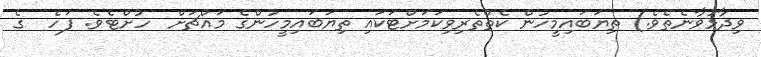
ވިދާޅުވާނެތެވެ.) ތިޔަބައިމީހުން ކެތްތެރިވިކަމަށްޓަކައި ތިޔަބައިމީހުންގެ މައްޗަށް  ހުށްޓެވެ. ފަހެ  ގެ